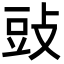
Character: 䜴